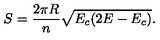
S = \frac { 2 \pi R } { n } \sqrt { E _ { c } ( 2 E - E _ { c } ) } .